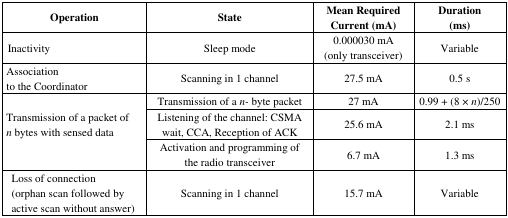
<table><thead><tr><td><b>Operation</b></td><td><b>State</b></td><td><b>Mean Required Current (mA)</b></td><td><b>Duration (ms)</b></td></tr></thead><tbody><tr><td>Inactivity</td><td>Sleep mode</td><td>0.000030 mA (only transceiver)</td><td>Variable</td></tr><tr><td>Association to the Coordinator</td><td>Scanning in 1 channel</td><td>27.5 mA</td><td>0.5 s</td></tr><tr><td rowspan="3">Transmission of a packet of <i>n</i> bytes with sensed data</td><td>Transmission of a <i>n-</i> byte packet</td><td>27 mA</td><td>0.99 + (8 × <i>n</i>)/250</td></tr><tr><td>Listening of the channel: CSMA wait, CCA, Reception of ACK</td><td>25.6 mA</td><td>2.1 ms</td></tr><tr><td>Activation and programming of the radio transceiver</td><td>6.7 mA</td><td>1.3 ms</td></tr><tr><td>Loss of connection (orphan scan followed by active scan without answer)</td><td>Scanning in 1 channel</td><td>15.7 mA</td><td>Variable</td></tr></tbody></table>